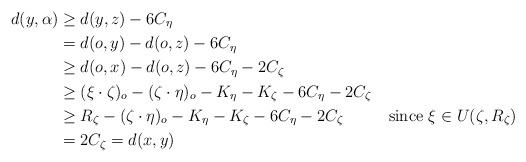
LaTeX: \begin{align*} d(y,\alpha)&\geq d(y,z)-6C_\eta&\\&=d(o,y)-d(o,z)-6C_\eta\\&\geq d(o,x)-d(o,z)-6C_\eta-2C_\zeta\\&\geq (\xi\cdot\zeta)_o-(\zeta\cdot\eta)_o-K_\eta-K_\zeta-6C_\eta-2C_\zeta&\\&\geq R_\zeta-(\zeta\cdot\eta)_o-K_\eta-K_\zeta-6C_\eta-2C_\zeta&\text{since }\xi\in U(\zeta,R_\zeta)\\&=2C_\zeta=d(x,y)\end{align*}